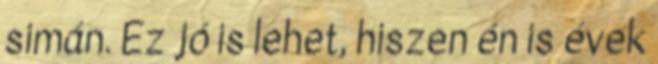
simán. Ez jó is lehet, hiszen én is évek